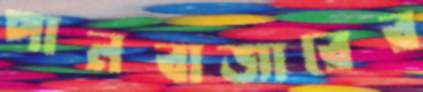
পানবাজারের